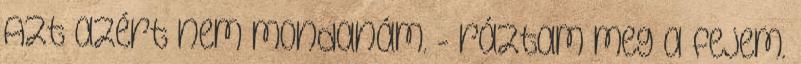
Azt azért nem mondanám. - ráztam meg a fejem.